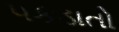
પકડાતો